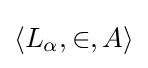
\langle L_{\alpha },\in ,A\rangle